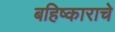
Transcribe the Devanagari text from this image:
बहिष्काराचे